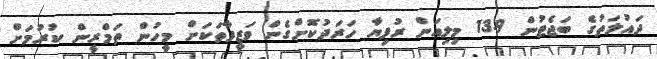
ދައުލަތުގެ ބަޖެޓުން 13.9 މިލިއަން ރުފިޔާ ހަރަދުކޮށްގެން ވަޒީފާތަކަށް މީހުން ތަމްރީން ކުރުމަށް